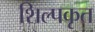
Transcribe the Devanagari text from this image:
शिल्पकृत